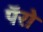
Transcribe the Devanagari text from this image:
पॅरो